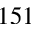
1 5 1